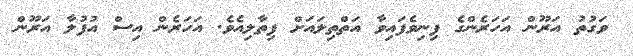
ވަގުތު އަރޫން އަހަރެންގެ ފިނިވެފައިވާ އަތްތިލައަށް ފިތާލިއެވެ. އަހަރެން އިސް އުފުލާ އަރޫން